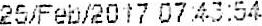
25/FEB/2017 07:43:54